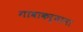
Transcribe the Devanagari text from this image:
गावाकर्याना